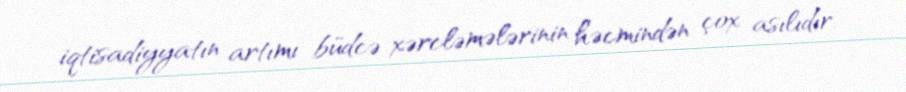
iqtisadiyyatın artımı büdcə xərcləmələrinin həcmindən çox asılıdır.